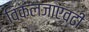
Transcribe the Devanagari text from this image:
विकलजाएवढी